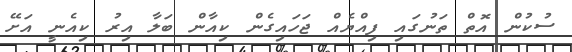
ސުކުން އޮތް ތަނުގައި ފިއްޔެއް ޖަހައިގެން ކިއާން ބަލާ އިރު ކިއެނީ އަށޭ